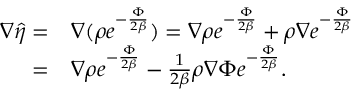
\begin{array} { r l } { \nabla \hat { \eta } = } & { \nabla ( \rho e ^ { - \frac { \Phi } { 2 \beta } } ) = \nabla \rho e ^ { - \frac { \Phi } { 2 \beta } } + \rho \nabla e ^ { - \frac { \Phi } { 2 \beta } } } \\ { = } & { \nabla \rho e ^ { - \frac { \Phi } { 2 \beta } } - \frac { 1 } { 2 \beta } \rho \nabla \Phi e ^ { - \frac { \Phi } { 2 \beta } } . } \end{array}